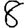
Digit: 8